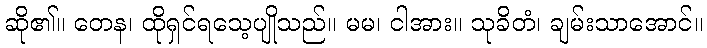
ဆို၏။ တေန၊ ထိုရှင်ရသေ့ပျိုသည်။ မမ၊ ငါအား။ သုခိတံ၊ ချမ်းသာအောင်။